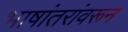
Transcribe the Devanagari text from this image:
भाषांतरांवरून